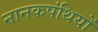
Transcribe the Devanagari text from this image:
नानकपंथियों